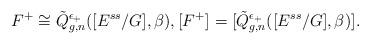
LaTeX: \begin{align*}F^+\cong \tilde{Q}^{\epsilon_+}_{g,n}([E^{ss}/G],\beta), [F^+]^{}= [\tilde{Q}^{\epsilon_+}_{g,n}([E^{ss}/G],\beta)]^{}.\end{align*}